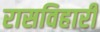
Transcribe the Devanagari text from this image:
रासविहारी